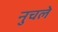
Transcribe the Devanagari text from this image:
नुचले